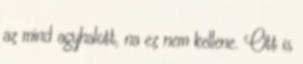
az mind agyhalott, na ez nem kellene. Ott is